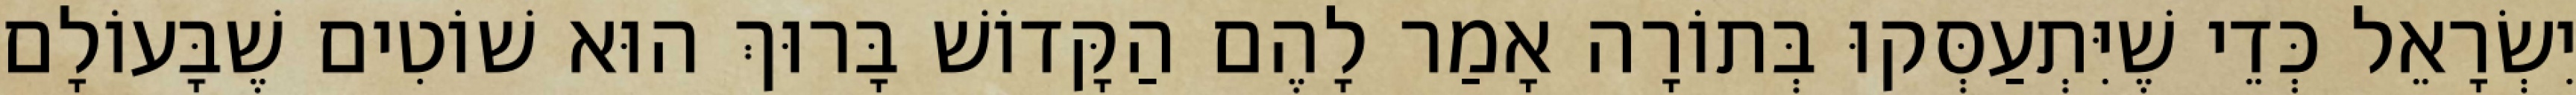
יִשְׂרָאֵל כְּדֵי שֶׁיִּתְעַסְּקוּ בְּתוֹרָה אָמַר לָהֶם הַקָּדוֹשׁ בָּרוּךְ הוּא שׁוֹטִים שֶׁבָּעוֹלָם